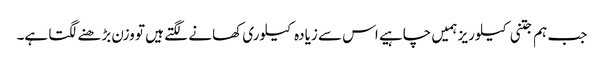
جب ہم جتنی کیلوریز ہمیں چاہیے اس سے زیادہ کیلوری کھانے لگتے ہیں تو وزن بڑھنے لگتا ہے۔